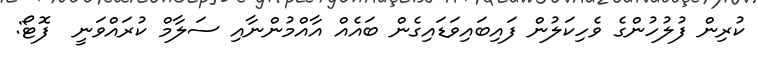
ކުރިން ފުލުހުންގެ ވެހިކަލުން ފައިބައިވަޑައިގެން ބައެއް އާއްމުންނާއި ސަލާމް ކުރައްވަނީ  ފޮޓޯ: